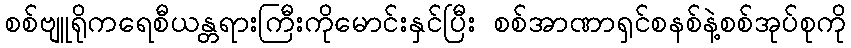
စစ်ဗျူရိုကရေစီယန္တရားကြီးကိုမောင်းနှင်ပြီး စစ်အာဏာရှင်စနစ်နဲ့စစ်အုပ်စုကို